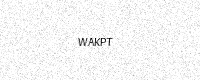
Text: WAKPT